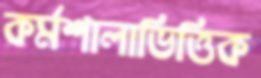
কর্মশালাভিত্তিক